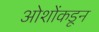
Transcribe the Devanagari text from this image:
ओशोंकडून